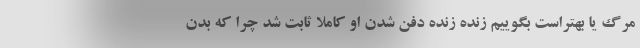
مرگ یا بهتراست بگوییم زنده زنده دفن شدن او کاملا ثابت شد چرا که بدن